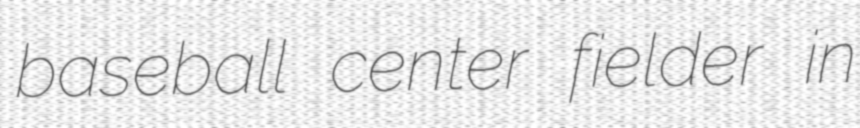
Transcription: baseball center fielder in